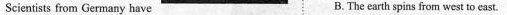
Scientists from Germany have B. The earth spins from west to east.